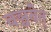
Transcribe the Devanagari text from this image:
वञ्चयेत्